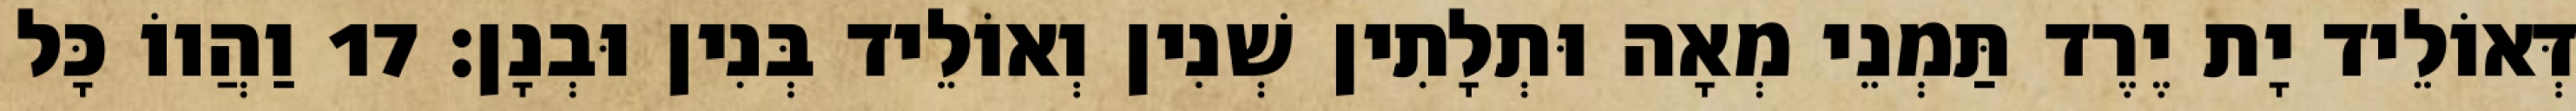
דְּאוֹלֵיד יָת יֶרֶד תַּמְנֵי מְאָה וּתְלָתִין שְׁנִין וְאוֹלֵיד בְּנִין וּבְנָן׃ 17 וַהֲווֹ כָּל